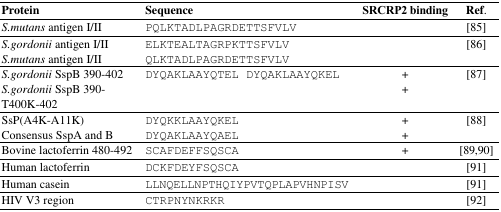
<table><thead><tr><td><b>Protein</b></td><td><b>Sequence</b></td><td><b>SRCRP2 binding</b></td><td><b>Ref.</b></td></tr></thead><tbody><tr><td><i>S.mutans</i> antigen I/II</td><td>PQLKTADLPAGRDETTSFVLV</td><td></td><td>[85]</td></tr><tr><td><i>S.gordonii</i> antigen I/II</td><td>ELKTEALTAGRPKTTSFVLV</td><td></td><td>[86]</td></tr><tr><td><i>S.mutans</i> antigen I/II</td><td>QLKTADLPAGRDETTSFVLV</td><td></td><td></td></tr><tr><td><i>S.gordonii</i> SspB 390-402</td><td>DYQAKLAAYQTEL DYQAKLAAYQKEL</td><td>+</td><td>[87]</td></tr><tr><td><i>S.gordonii</i> SspB 390-T400K-402</td><td></td><td>+</td><td></td></tr><tr><td>SsP(A4K-A11K)</td><td>DYQKKLAAYQKEL</td><td>+</td><td>[88]</td></tr><tr><td>Consensus SspA and B</td><td>DYQAKLAAYQAEL</td><td>+</td><td></td></tr><tr><td>Bovine lactoferrin 480-492</td><td>SCAFDEFFSQSCA</td><td>+</td><td>[89,90]</td></tr><tr><td>Human lactoferrin</td><td>DCKFDEYFSQSCA</td><td></td><td>[91]</td></tr><tr><td>Human casein</td><td>LLNQELLNPTHQIYPVTQPLAPVHNPISV</td><td></td><td>[91]</td></tr><tr><td>HIV V3 region</td><td>CTRPNYNKRKR</td><td></td><td>[92]</td></tr></tbody></table>